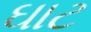
ઘાટ